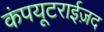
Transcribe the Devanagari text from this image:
कंपयूटराईज़द